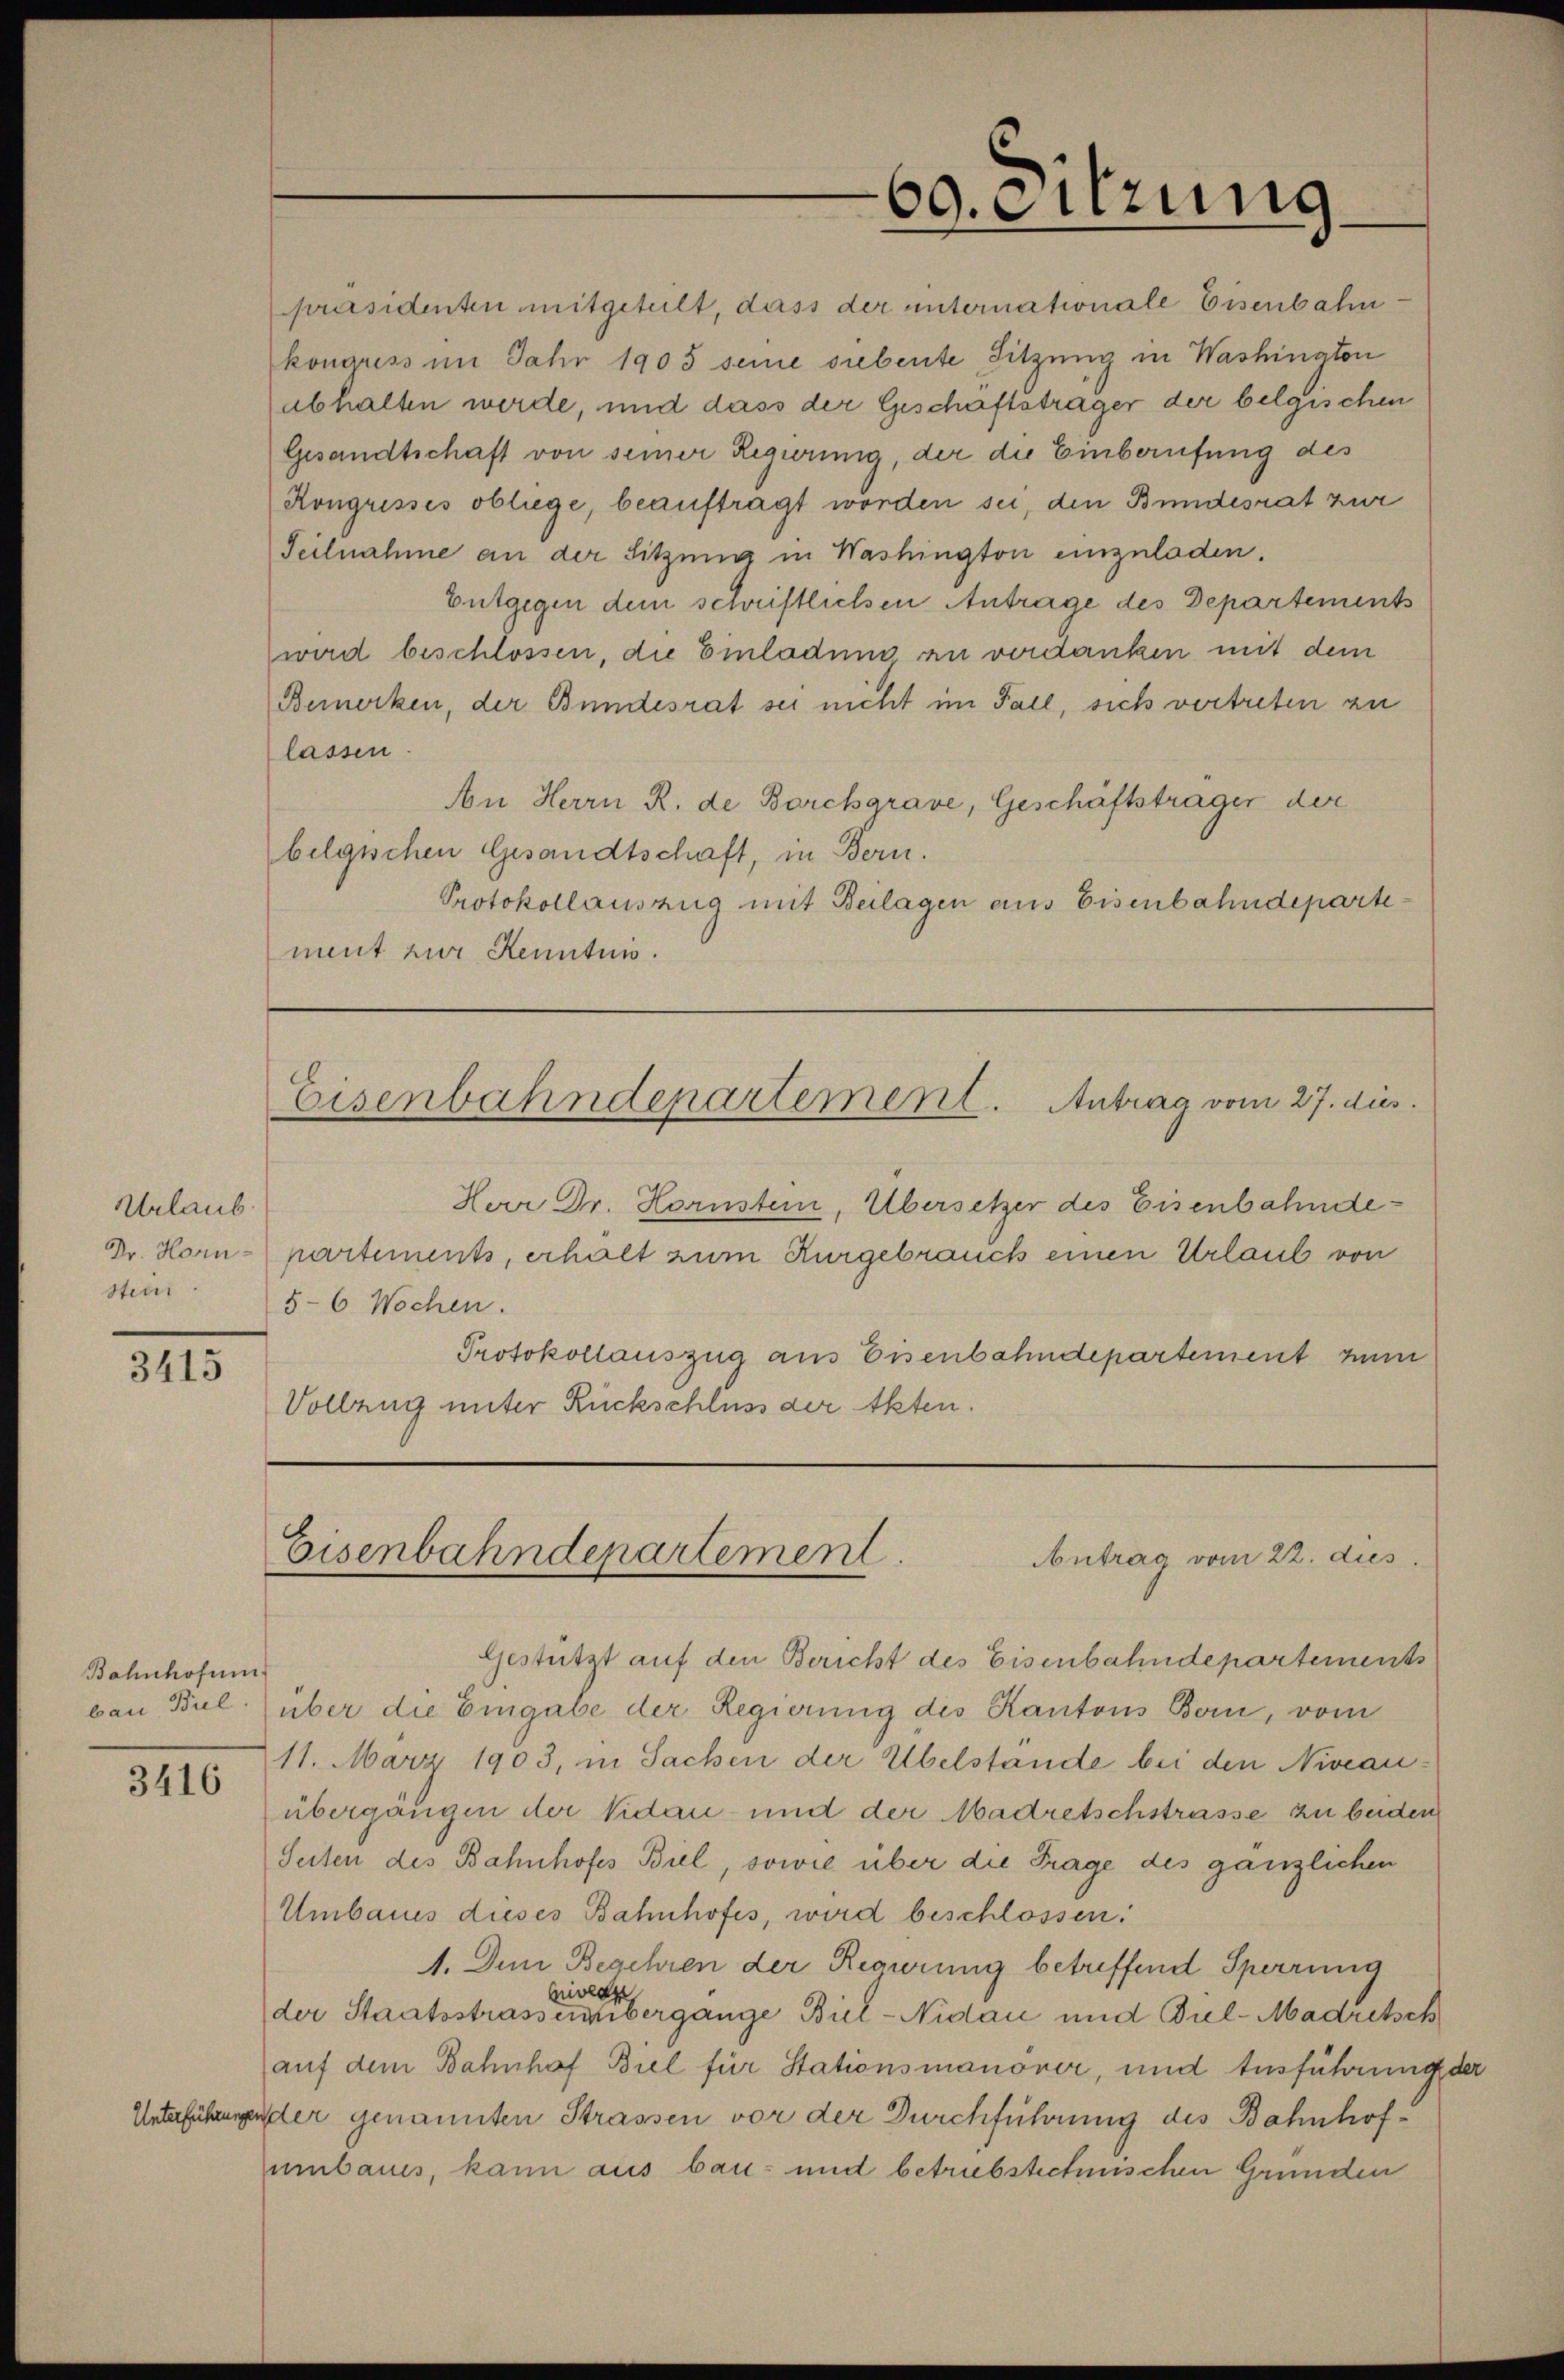
Urlaub.
Stein

3415

Bahnhofun

3416

präsidenten mitgeteilt, dass der unternationale Eisenbahnkonguss im Jahr 1903 seine siebente Sitzung in Washington
abhalten werde, und dass der Geschaftsträger der belgischen
Gesandtschaft von seiner Regierung, der die Einberufung des
Kongresses obliege, beauftragt worden sei, den Bundesrat zur
Teilnahme an der Sitzung in Washington einzuladen.
Entgegen dem schriftlichen Antrage des Departements
wird beschlossen, die Einladung zu verdanken mit dem
Bemerken, der Bundesrat sei nicht im Fall, sich vertreten zu
lassen
An Herrn R. de Barckgrave, Geschäftsträger der
belgischen Gesandtschaft, in Bern.
Protokollauszug mit Beilagen aus Eisenbahndepartement zur Kenntnis.

Eisenbahndepartement. Antrag vom 27. dies

Herr Dr. Hornstein, Übersetzer des Eisenbahnde¬
Dr. Horn-partements, erhalt zum Kurgebrauch einen Urlaub von
5-6 Wochen.
Protokollauszug aus Eisenbahndepartement min
Vollung unter Rückschluss der Akten.

Gestützt auf den Bericht des Eisenbahndepartements
ban Bul) über die Eingabe der Regierung des Kantons Bern, vom
11. März 1903, in Sachen der Übelstände bei den Niveauübergängen der Vidau und der Madretschstrasse zu beiden
Seiten des Bahnhofes Biel, sowie über die Frage des gänzlichen
Umbaues dieses Bahnhofes, wird beschlossen.
1. Dem Begehren der Regierung betreffend Sperrung
,
bidet
der Staatsstrassentibergange Biel-Nidau und Biel-Madretsch
auf dem Bahnhof Biel für Stationsmanöver, und Ausführung der
Unterführungen der genannten Strassen vor der Durchführung des Bahnhofumbaues, kann aus bau- und betriebstechnischen Grunden

60. Sitzung

Eisenbahndepartement.
Antrag vom 22. dies